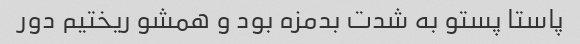
پاستا پستو به شدت بدمزه بود و همشو ریختیم دور